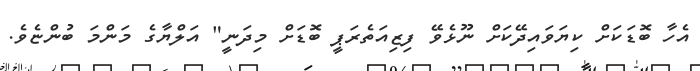
އެހާ ބޮޑަކަށް ކިޔަވައިދޭކަށް ނޫޅެވޭ ފިޒިއަތެރަޕީ ބޮޑަށް މިދަނީ" އަލްޔާގެ މަންމަ ބުންޏެވެ.